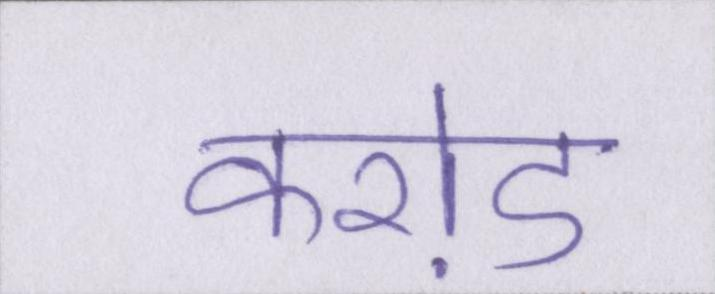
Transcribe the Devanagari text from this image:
करो़ड